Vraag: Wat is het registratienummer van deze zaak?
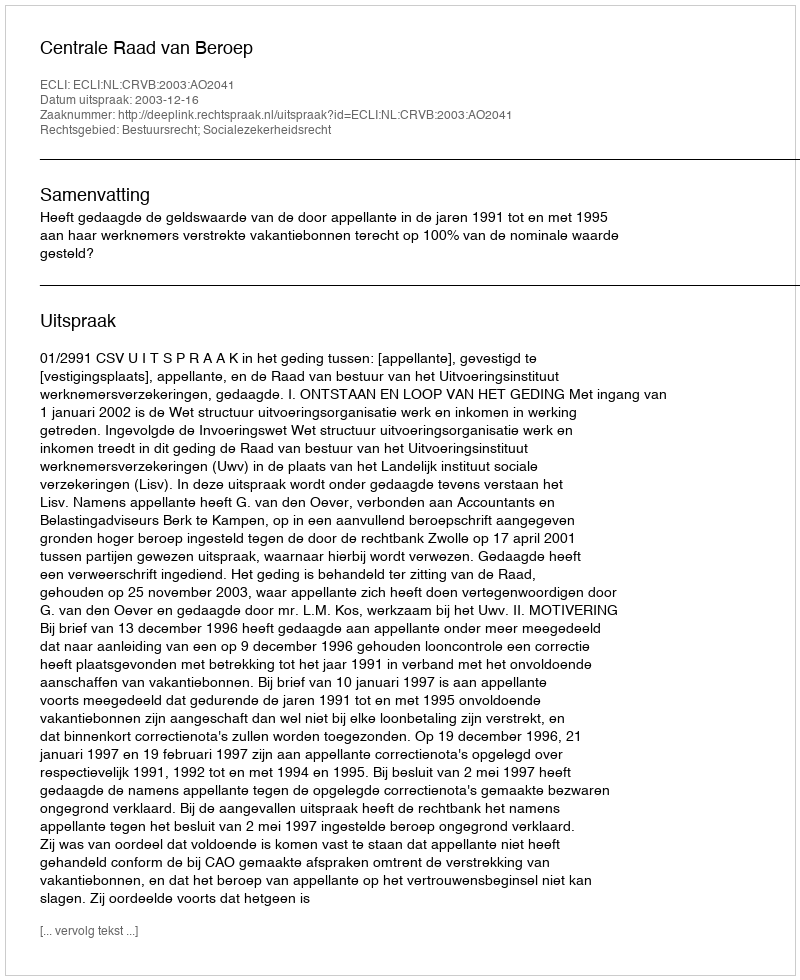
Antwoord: http://deeplink.rechtspraak.nl/uitspraak?id=ECLI:NL:CRVB:2003:AO2041